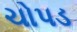
ચોપડ